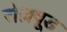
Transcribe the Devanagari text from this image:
रोज़वूड